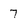
Character: 7